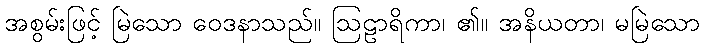
အစွမ်းဖြင့် မြဲသော ဝေဒနာသည်။ ဩဠာရိကာ၊ ၏။ အနိယတာ၊ မမြဲသော